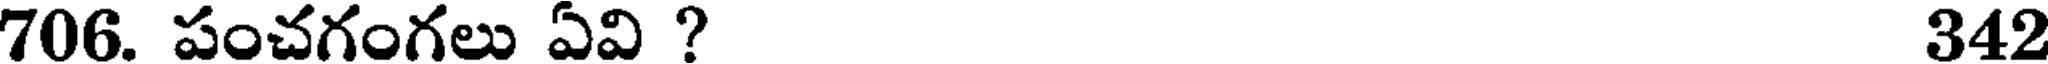
706. పంచగంగలు ఏవి ? 342